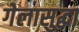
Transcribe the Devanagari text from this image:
गेलासुद्धा